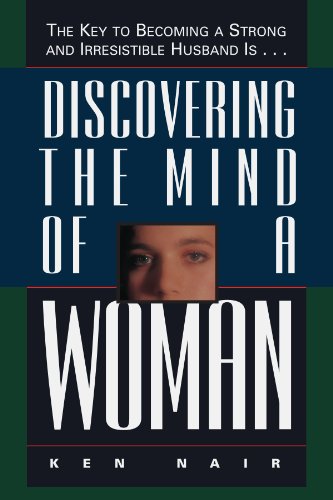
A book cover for Discovering The Mind Of A Woman: The Key To Becoming A Strong And Irresistible Husband Is...; Ken Nair; Christian Books & Bibles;